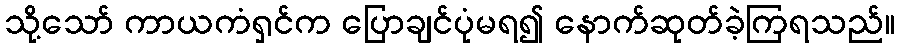
သို့သော် ကာယကံရှင်က ပြောချင်ပုံမရ၍ နောက်ဆုတ်ခဲ့ကြရသည်။